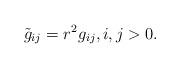
LaTeX: \begin{align*}\tilde{g}_{ij}=r^2g_{ij}, i,j>0.\end{align*}